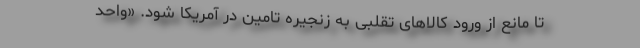
تا مانع از ورود کالاهای تقلبی به زنجیره تامین در آمریکا شود. «واحد